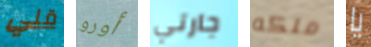
قلي أورو جارتي ملكه يا